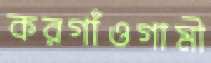
করগাঁওগামী